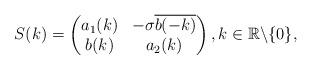
LaTeX: \begin{align*} &S(k)=\begin{pmatrix} a_1(k) & -\sigma\overline{b(-k)}\\ b(k) & a_{2}(k) \end{pmatrix}, k\in\mathbb{R}\backslash\{0\}, \end{align*}